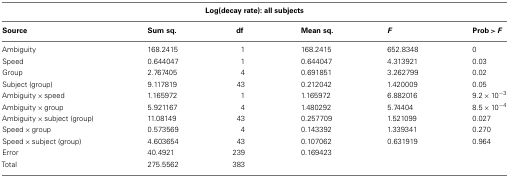
| <COLSPAN=6> Log(decay rate): all subjects |
 | Source | Sum sq. | df | Mean sq. | F | Prob > F |
 | --- | --- | --- | --- | --- | --- |
 | Ambiguity | 168.2415 | 1 | 168.2415 | 652.8348 | 0 |
 | Speed | 0.644047 | 1 | 0.644047 | 4.313921 | 0.03 |
 | Group | 2.767405 | 4 | 0.691851 | 3.262799 | 0.02 |
 | Subject (group) | 9.117819 | 43 | 0.212042 | 1.420009 | 0.05 |
 | Ambiguity × speed | 1.165972 | 1 | 1.165972 | 6.882016 | 9.2 × 10−3 |
 | Ambiguity × group | 5.921167 | 4 | 1.480292 | 5.74404 | 8.5 × 10−4 |
 | Ambiguity × subject (group) | 11.08149 | 43 | 0.257709 | 1.521099 | 0.027 |
 | Speed × group | 0.573569 | 4 | 0.143392 | 1.339341 | 0.270 |
 | Speed × subject (group) | 4.603654 | 43 | 0.107062 | 0.631919 | 0.964 |
 | Error | 40.4921 | 239 | 0.169423 |  |  |
 | Total | 275.5562 | 383 |  |  |  |